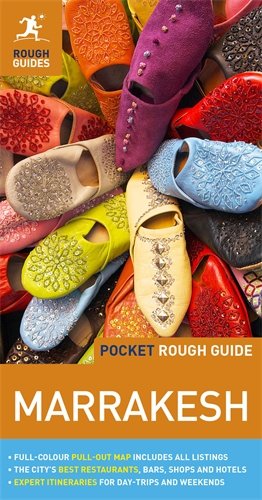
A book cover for Pocket Rough Guide Marrakesh (Rough Guide Pocket Guides); Daniel Jacobs; Travel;